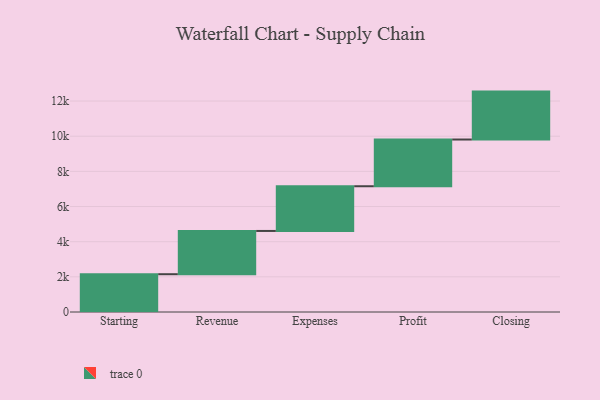
{"axis": {"x": "Step", "y": "Value"}, "legend": [""], "data": [{"x": "Starting", "y": 2150.0, "type": ""}, {"x": "Revenue", "y": 2461.0, "type": ""}, {"x": "Expenses", "y": 2543.0, "type": ""}, {"x": "Profit", "y": 2658.0, "type": ""}, {"x": "Closing", "y": 2726.0, "type": ""}]}